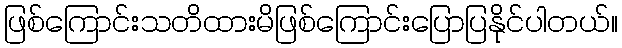
ဖြစ်ကြောင်းသတိထားမိဖြစ်ကြောင်းပြောပြနိုင်ပါတယ်။